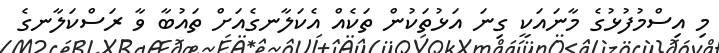
މި އިސްމުފުޅުގެ މާނައަކީ ގިނަ އަޅުތަކުން ތަކެއް އެކަލާނގެއަށް ތައުބާ ވާ ރަސްކަލާނގެ